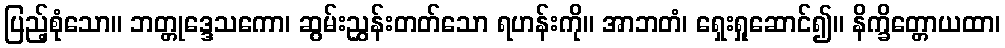
ပြည့်စုံသော။ ဘတ္တုဒ္ဒေသကော၊ ဆွမ်းညွှန်းတတ်သော ရဟန်းကို။ အာဘတံ၊ ရှေးရှုဆောင်၍။ နိက္ခိတ္တောယထာ၊